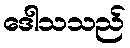
ဒေါသသည်